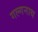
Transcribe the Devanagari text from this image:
गल्गनाथ